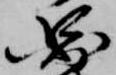
図